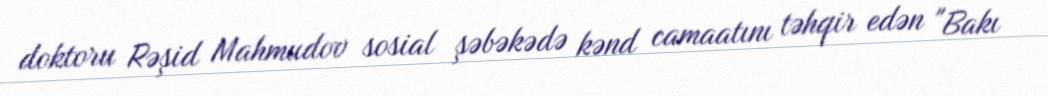
doktoru Rəşid Mahmudov sosial şəbəkədə kənd camaatını təhqir edən "Bakı